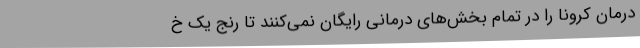
درمان کرونا را در تمام بخش‌های درمانی رایگان نمی‌کنند تا رنج یک خ